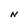
Character: N